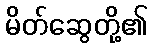
မိတ်ဆွေတို့၏